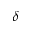
\delta